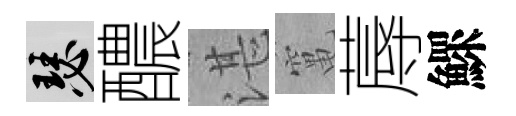
瑟醲湛𥧄蓐鰥